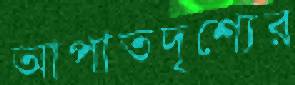
আপাতদৃশ্যের